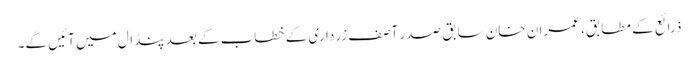
ذرائع کے مطابق، عمران خان سابق صدر آصف زرداری کے خطاب کے بعد پنڈال میں آئیں گے۔